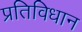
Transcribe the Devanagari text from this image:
प्रतिविधान